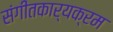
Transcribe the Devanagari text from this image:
संगीतकार्यक्रम